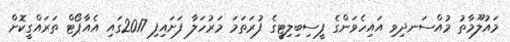
މައުލޫމާތު މުއްސަނދިވި އައިހެވަންގެ ފީސިބިލިޓީގެ ފުރަތަމަ މަރުހަލާ ފަށައިފި 2017ގައި އެއާޕޯޓް ތަރައްގީކޮށް